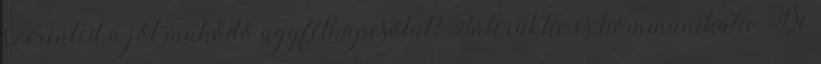
szerinted a jól mûködõ ügyfélkapcsolat? Interaktív és kommunikatív De